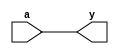
//  

// BUF
module bf(y, a);
    input a;
    output y;

    assign y = a;
endmodule

// NOT
module iv(y, a);
    input a;
    output y;

    assign y = ~a;
endmodule

// ANDs
// 2-input and
module ad2(y, a, b);
    input a, b;
    output y;

    assign y = a & b;
endmodule

// 3-input and
module ad3(y, a, b, c);
    input a, b, c;
    output y;

    assign y = a & b & c;
endmodule

// 4-input and
module ad4(y, a, b, c, d);
    input a, b, c, d;
    output y;

    assign y = a & b & c & d;
endmodule

// 5-input and
module ad5(y, a, b, c, d, e);
    input a, b, c, d, e;
    output y;

    assign y = a & b & c & d & e;
endmodule

// 6-input and
module ad6(y, a, b, c, d, e, f);
    input a, b, c, d, e, f;
    output y;

    assign y = a & b & c & d & e & f;
endmodule

// 7-input and
module ad7(y, a, b, c, d, e, f, g);
    input a, b, c, d, e, f, g;
    output y;

    assign y = a & b & c & d & e & f & g;
endmodule

// NANDs
// 2-input nand
module nd2(y, a, b);
    input a, b;
    output y;

    assign y = ~(a & b);
endmodule

// 3-input nand
module nd3(y, a, b, c);
    input a, b, c;
    output y;

    assign y = ~(a & b & c);
endmodule

// 4-input nand
module nd4(y, a, b, c, d);
    input a, b, c, d;
    output y;

    assign y = ~(a & b & c & d);
endmodule

// 5-input nand
module nd5(y, a, b, c, d, e);
    input a, b, c, d, e;
    output y;

    assign y = ~(a & b & c & d & e);
endmodule

// 6-input nand
module nd6(y, a, b, c, d, e, f);
    input a, b, c, d, e, f;
    output y;

    assign y = ~(a & b & c & d & e & f);
endmodule

// 7-input nand
module nd7(y, a, b, c, d, e, f, g);
    input a, b, c, d, e, f, g;
    output y;

    assign y = ~(a & b & c & d & e & f & g);
endmodule

// ORs
// 2-input or
module or2(y, a, b);
    input a, b;
    output y;

    assign y = a | b;
endmodule

// 3-input or
module or3(y, a, b, c);
    input a, b, c;
    output y;

    assign y = a | b | c;
endmodule

// 4-input or
module or4(y, a, b, c, d);
    input a, b, c, d;
    output y;

    assign y = a | b | c | d;
endmodule

// 5-input or
module or5(y, a, b, c, d, e);
    input a, b, c, d, e;
    output y;

    assign y = a | b | c | d | e;
endmodule

// 6-input or
module or6(y, a, b, c, d, e, f);
    input a, b, c, d, e, f;
    output y;

    assign y = a | b | c | d | e | f;
endmodule

// 7-input or 
module or7(y, a, b, c, d, e, f, g);
    input a, b, c, d, e, f, g;
    output y;

    assign y = a | b | c | d | e | f | g;
endmodule

// NORs
// 2-input nor
module nr2(y, a, b);
    input a, b;
    output y;

    assign y = ~(a | b);
endmodule

// 3-input nor
module nr3(y, a, b, c);
    input a, b, c;
    output y;

    assign y = ~(a | b | c);
endmodule

// 4-input nor
module nr4(y, a, b, c, d);
    input a, b, c, d;
    output y;

    assign y = ~(a | b | c | d);
endmodule

// 5-input nor
module nr5(y, a, b, c, d, e);
    input a, b, c, d, e;
    output y;

    assign y = ~(a | b | c | d | e);
endmodule

// 6-input nor
module nr6(y, a, b, c, d, e, f);
    input a, b, c, d, e, f;
    output y;

    assign y = ~(a | b | c | d | e | f);
endmodule

// 7-input nor 
module nr7(y, a, b, c, d, e, f, g);
    input a, b, c, d, e, f, g;
    output y;

    assign y = ~(a | b | c | d | e | f | g);
endmodule

// XORs
// 2-input xor
module xr2(y, a, b);
// (and or   ,  assign  .)
// ( assign        )
    input a, b;
    output y;

    // wire w1, w2;

    assign y = a ^ b;
    // ORc or2(w1, a, b);
    // ANDc nd2(w2, a, b);
    // OUTXOR ad2(y, w1, w2);
endmodule

// 3-input xor
module xr3(y, a, b, c);
    input a, b, c;
    output y;

    wire w1;

    xr2 xrab(w1, a, b);
    xr2 xrwc(y, w1, c);
endmodule

// TRISTATE BUFFER
// inverting tri-buf
module it(y, a, e);
    input a, e;
    output y;

    assign y = (e==1'b0) ? 1'bz : (a==1'b0) ? 1 : 0;
endmodule

// inverting enable tri-buf
module ite(y, a, e);
    input a, e;
    output y;

    assign y = (e==1'b1) ? 1'bz : (a==1'b0) ? 1 : 0;
endmodule

// non-inverting tri-buf
module nit(y, a, e);
    input a, e;
    output y;

    assign y = (e==1'b0) ? 1'bz : (a==1'b0) ? 0 : 1;
endmodule

// non-inverting enable tri-buf
module nite(y, a, e);
    input a, e;
    output y;

    assign y = (e==1'b1) ? 1'bz : (a==1'b0) ? 0 : 1;
endmodule

// D FLIP-FLOP
// dff
module dff(clk, d, q);
    input clk, d;
    output q;

    reg q;

    always @(posedge clk) begin
        q <= d;
    end
endmodule

// dffr
module dffr(clk, rst, d, q);
    input clk, rst, d;
    output q;

    reg q;

    always @(posedge clk or negedge rst) begin
        if (rst == 1'b0) q <= 1'b0;
        else q <= d;
    end
endmodule

// dffrs
module dffrs(clk, st, rst, d, q);
    input clk, st, rst, d;
    output q;

    reg q;

    always @(posedge clk or negedge st or negedge rst) begin
        if (rst == 1'b0) q <= 1'b0;
        else if (st == 1'b0) q <= 1'b1;
        else q <= d;
    end
endmodule